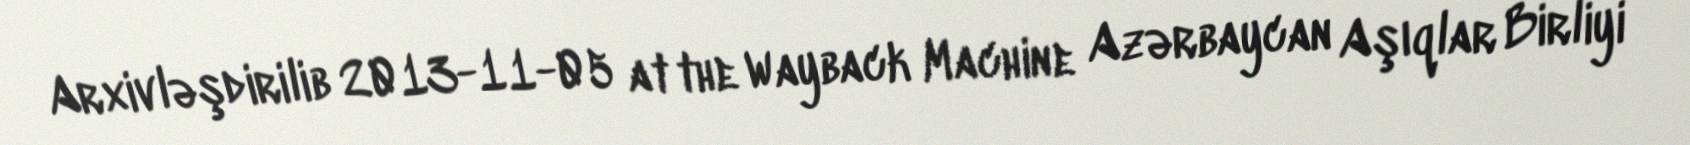
Arxivləşdirilib 2013-11-05 at the Wayback Machine Azərbaycan Aşıqlar Birliyi